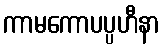
ကာမကောပပ္ပဟီနာ